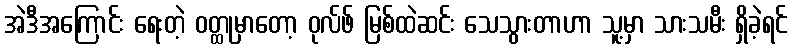
အဲဒီအကြောင်း ရေးတဲ့ ဝတ္ထုမှာတော့ ဝုလ်ဖ် မြစ်ထဲဆင်း သေသွားတာဟာ သူ့မှာ သားသမီး ရှိခဲ့ရင်